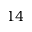
1 4